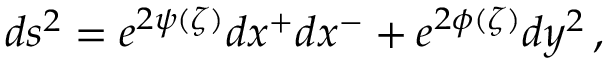
d s ^ { 2 } = e ^ { 2 \psi ( \zeta ) } d x ^ { + } d x ^ { - } + e ^ { 2 \phi ( \zeta ) } d y ^ { 2 } \, ,